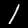
Label: 1